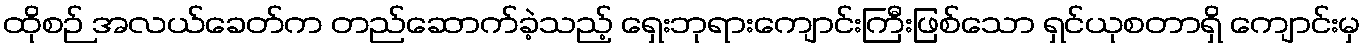
ထိုစဉ် အလယ်ခေတ်က တည်ဆောက်ခဲ့သည့် ရှေးဘုရားကျောင်းကြီးဖြစ်သော ရှင်ယုစတာရှိ ကျောင်းမှ